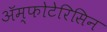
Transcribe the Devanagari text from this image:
ॲम्फोटेरिसिन